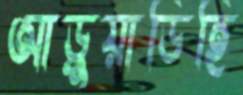
আড়ুয়াডিহি